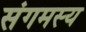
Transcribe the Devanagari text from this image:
संगमस्य